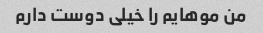
من موهایم را خیلی دوست دارم